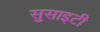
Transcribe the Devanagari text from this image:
सुसाइटी